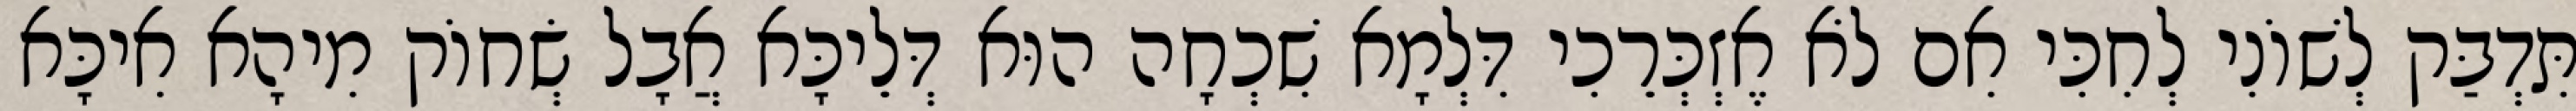
תִּדְבַּק לְשׁוֹנִי לְחִכִּי אִם לֹא אֶזְכְּרֵכִי דִּלְמָא שִׁכְחָה הוּא דְּלֵיכָּא אֲבָל שְׂחוֹק מִיהָא אִיכָּא